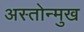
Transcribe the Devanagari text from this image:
अस्तोन्मुख